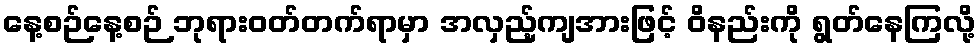
နေ့စဉ်နေ့စဉ် ဘုရားဝတ်တက်ရာမှာ အလှည့်ကျအားဖြင့် ဝိနည်းကို ရွတ်နေကြလို့